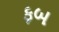
ફબ